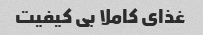
غذای کاملا بی کیفیت